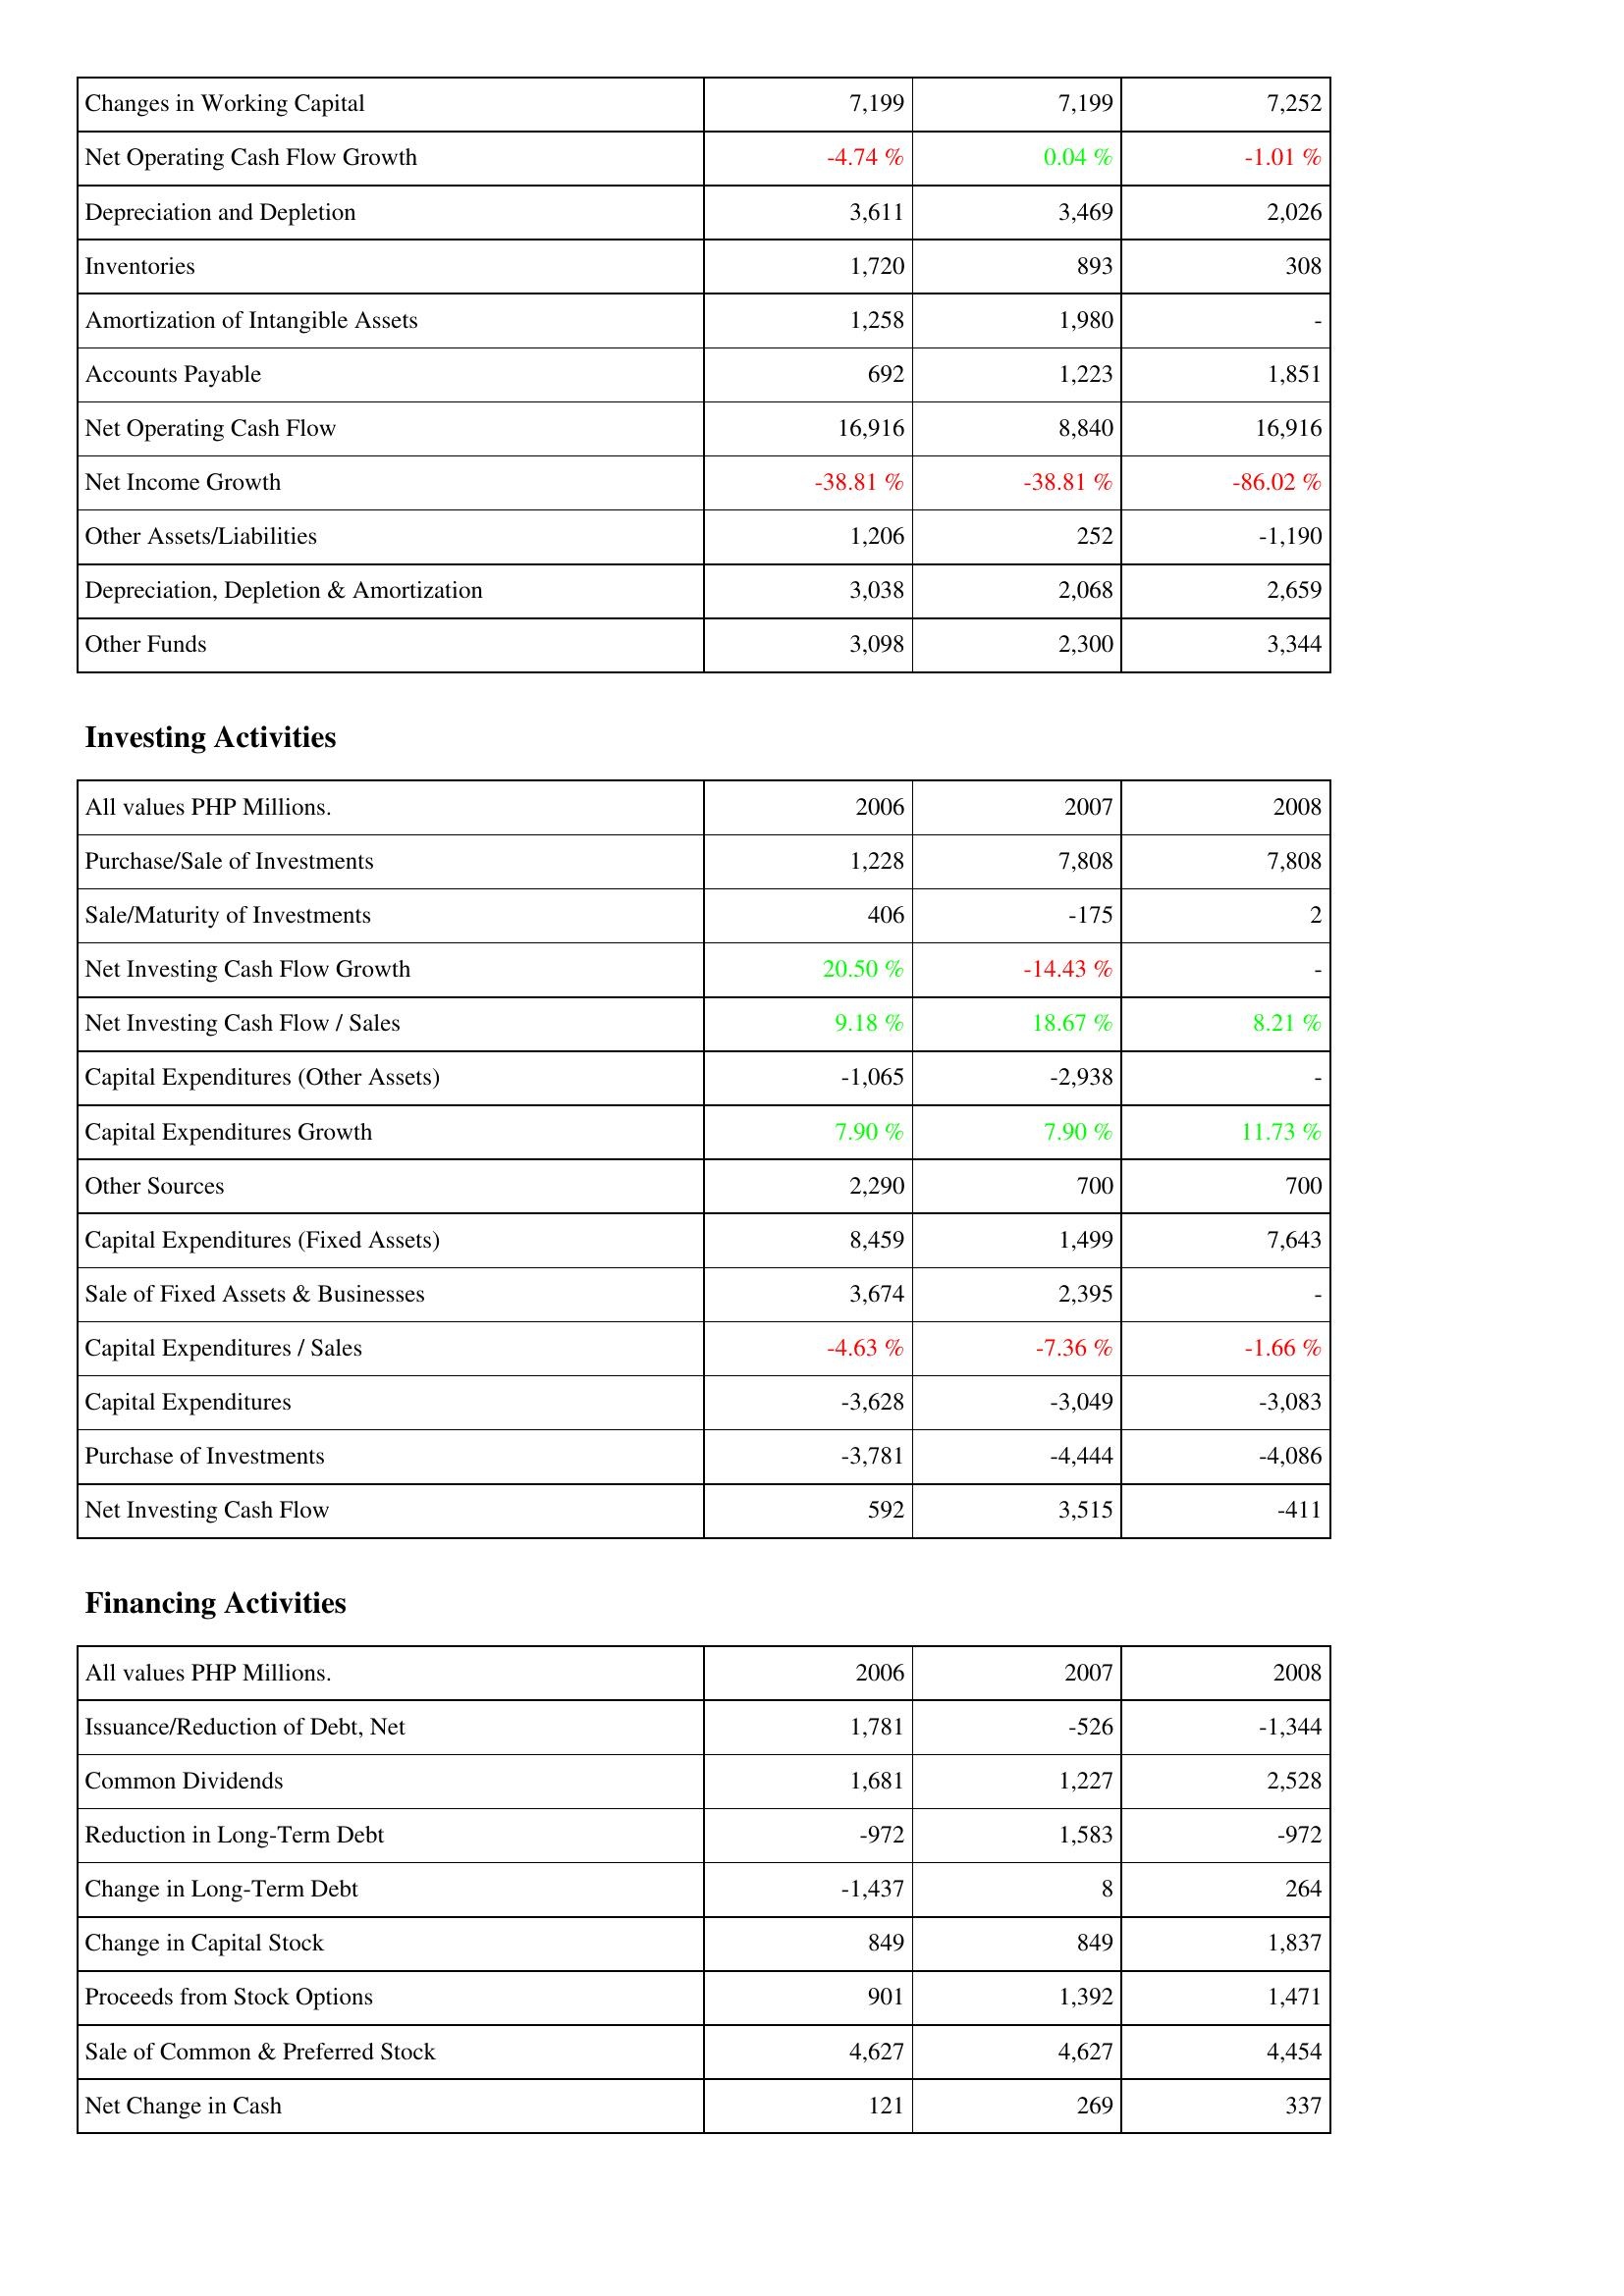
2006: Operating Activities: Changes in Working Capital: 7,199
Net Operating Cash Flow Growth: -4.74 %
Depreciation and Depletion: 3,611
Inventories: 1,720
Amortization of Intangible Assets: 1,258
Accounts Payable: 692
Net Operating Cash Flow: 16,916
Net Income Growth: -38.81 %
Other Assets/Liabilities: 1,206
Depreciation, Depletion & Amortization: 3,038
Other Funds: 3,098
Investing Activities: Purchase/Sale of Investments: 1,228
Sale/Maturity of Investments: 406
Net Investing Cash Flow Growth: 20.50 %
Net Investing Cash Flow / Sales: 9.18 %
Capital Expenditures (Other Assets): -1,065
Capital Expenditures Growth: 7.90 %
Other Sources: 2,290
Capital Expenditures (Fixed Assets): 8,459
Sale of Fixed Assets & Businesses: 3,674
Capital Expenditures / Sales: -4.63 %
Capital Expenditures: -3,628
Purchase of Investments: -3,781
Net Investing Cash Flow: 592
Financing Activities: Issuance/Reduction of Debt, Net: 1,781
Common Dividends: 1,681
Reduction in Long-Term Debt: -972
Change in Long-Term Debt: -1,437
Change in Capital Stock: 849
Proceeds from Stock Options: 901
Sale of Common & Preferred Stock: 4,627
Net Change in Cash: 121
2007: Operating Activities: Changes in Working Capital: 7,199
Net Operating Cash Flow Growth: 0.04 %
Depreciation and Depletion: 3,469
Inventories: 893
Amortization of Intangible Assets: 1,980
Accounts Payable: 1,223
Net Operating Cash Flow: 8,840
Net Income Growth: -38.81 %
Other Assets/Liabilities: 252
Depreciation, Depletion & Amortization: 2,068
Other Funds: 2,300
Investing Activities: Purchase/Sale of Investments: 7,808
Sale/Maturity of Investments: -175
Net Investing Cash Flow Growth: -14.43 %
Net Investing Cash Flow / Sales: 18.67 %
Capital Expenditures (Other Assets): -2,938
Capital Expenditures Growth: 7.90 %
Other Sources: 700
Capital Expenditures (Fixed Assets): 1,499
Sale of Fixed Assets & Businesses: 2,395
Capital Expenditures / Sales: -7.36 %
Capital Expenditures: -3,049
Purchase of Investments: -4,444
Net Investing Cash Flow: 3,515
Financing Activities: Issuance/Reduction of Debt, Net: -526
Common Dividends: 1,227
Reduction in Long-Term Debt: 1,583
Change in Long-Term Debt: 8
Change in Capital Stock: 849
Proceeds from Stock Options: 1,392
Sale of Common & Preferred Stock: 4,627
Net Change in Cash: 269
2008: Operating Activities: Changes in Working Capital: 7,252
Net Operating Cash Flow Growth: -1.01 %
Depreciation and Depletion: 2,026
Inventories: 308
Amortization of Intangible Assets: -
Accounts Payable: 1,851
Net Operating Cash Flow: 16,916
Net Income Growth: -86.02 %
Other Assets/Liabilities: -1,190
Depreciation, Depletion & Amortization: 2,659
Other Funds: 3,344
Investing Activities: Purchase/Sale of Investments: 7,808
Sale/Maturity of Investments: 2
Net Investing Cash Flow Growth: -
Net Investing Cash Flow / Sales: 8.21 %
Capital Expenditures (Other Assets): -
Capital Expenditures Growth: 11.73 %
Other Sources: 700
Capital Expenditures (Fixed Assets): 7,643
Sale of Fixed Assets & Businesses: -
Capital Expenditures / Sales: -1.66 %
Capital Expenditures: -3,083
Purchase of Investments: -4,086
Net Investing Cash Flow: -411
Financing Activities: Issuance/Reduction of Debt, Net: -1,344
Common Dividends: 2,528
Reduction in Long-Term Debt: -972
Change in Long-Term Debt: 264
Change in Capital Stock: 1,837
Proceeds from Stock Options: 1,471
Sale of Common & Preferred Stock: 4,454
Net Change in Cash: 337